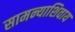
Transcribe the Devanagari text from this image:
सामन्याशिवाय